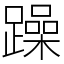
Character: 躁